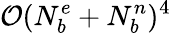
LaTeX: \mathcal{O}(N_{b}^{e}+N_{b}^{n})^{4}